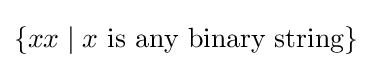
\{xx\mid x{\text{ is any binary string}}\}